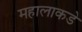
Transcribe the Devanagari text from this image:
महालाकडे